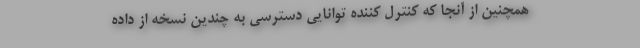
همچنین از آنجا که کنترل کننده توانایی دسترسی به چندین نسخه از داده